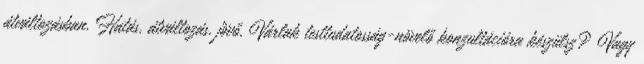
átváltozásban. Hatás, átváltozás, jövő. Várlak testtudatosság-növelő konzultációra készülsz? Vagy